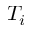
T _ { i }